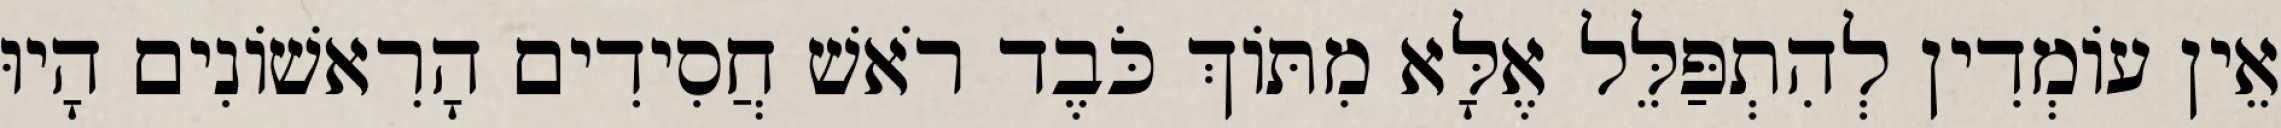
אֵין עוֹמְדִין לְהִתְפַּלֵּל אֶלָּא מִתּוֹךְ כֹּבֶד רֹאשׁ חֲסִידִים הָרִאשׁוֹנִים הָיוּ